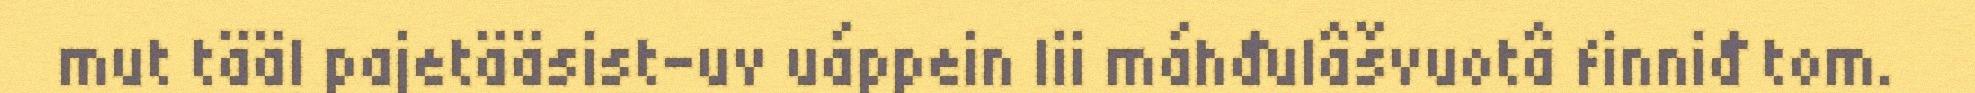
mut tääl pajetääsist-uv uáppein lii máhđulâšvuotâ finniđ tom.